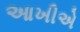
આખીએ